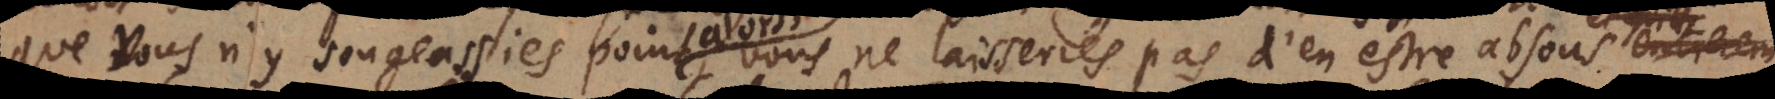
que vous n’y songeassiés point alors, vous ne laisseriés pas d’en estre absous et